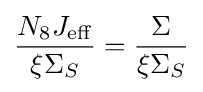
{\frac {N_{8}J_{\mathrm {eff} }}{\xi \Sigma _{S}}}={\frac {\Sigma }{\xi \Sigma _{S}}}